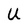
Character: U